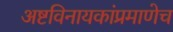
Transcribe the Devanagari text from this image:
अष्टविनायकांप्रमाणेच